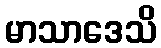
မာသာဒေသိ